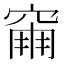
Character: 𥧀